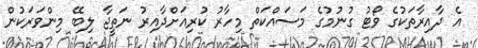
އެ ދާއިރާތަކުގެ ވޯޓު ގުނުމުގެ މަސައްކަތް މިހާރު ކުރިއަށްދާއިރު ނަތީޖާ ލިބޭ މިންވަރަކުން